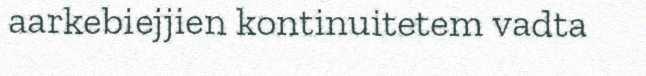
aarkebiejjien kontinuitetem vadta